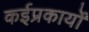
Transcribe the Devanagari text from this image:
कईप्रकार्यों